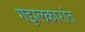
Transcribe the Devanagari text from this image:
गझलकारांत